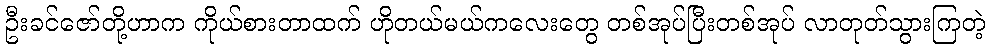
ဦးခင်ဇော်တို့ဟာက ကိုယ်စားတာထက် ဟိုတယ်မယ်ကလေးတွေ တစ်အုပ်ပြီးတစ်အုပ် လာတုတ်သွားကြတဲ့